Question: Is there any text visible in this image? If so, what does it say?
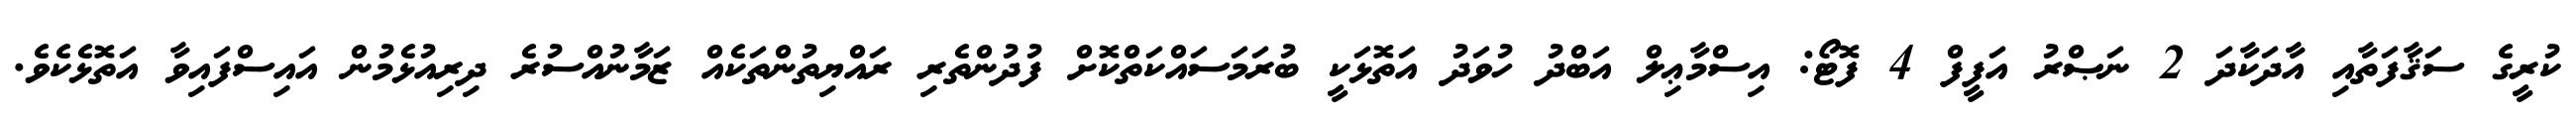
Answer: ކުރީގެ ސަޤާފަތާއި އާދަކާދަ 2 ނަޞްރު އަފީފް 4 ފޮޓޯ: އިސްމާޢިލް އަބްދު ހުވަދު އަތޮޅަކީ ބުރަމަސައްކަތްކޮށް ފުދުންތެރި ރައްޔިތުންތަކެއް ޒަމާނުއްސުރެ ދިރިއުޅެމުން އައިސްފައިވާ އަތޮޅެކެވެ.